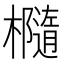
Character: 㰐